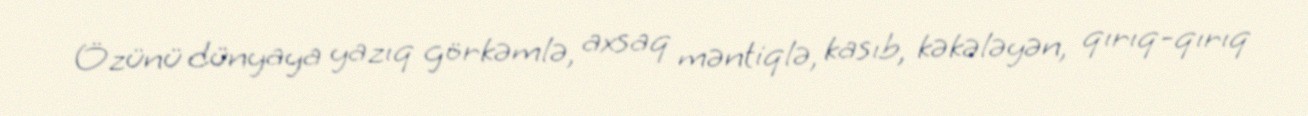
Özünü dünyaya yazıq görkəmlə, axsaq məntiqlə, kasıb, kəkələyən, qırıq-qırıq